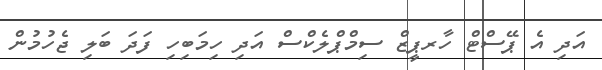
އަދި އެ ޕޭސްޓް ހާރޕީޒް ސިމްޕްލެކްސް އަދި ހިމަބިހި ފަދަ ބަލި ޖެހުމުން